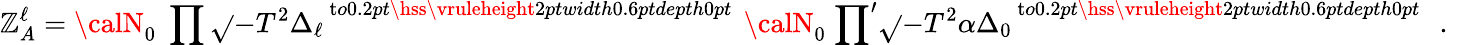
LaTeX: \mathbb{Z}_{A}^{\ell}={\calN}_{0}\; \prod\sqrt{}{{{-T^{2}\Delta_{\ell}}\, }}^{\mathrm{{t}}o0.2pt{\hss\vruleheight2ptwidth0.6ptdepth0pt}\; \! }\; {\calN}_{0}\; {\prod}^{\prime}\sqrt{}{{{-T^{2}\alpha\Delta_{0}}\, }}^{\mathrm{{t}}o0.2pt{\hss\vruleheight2ptwidth0.6ptdepth0pt}\; \! }\; \; .\; \;